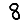
Digit: 8